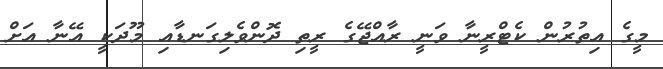
މީގެ އިތުރުން ކެޓްރީނާ ވަނީ ރާއްޖޭގެ ރީތި ދޮންވެލިގަނޑާއި މޫދަކީ އޭނާ އަށް